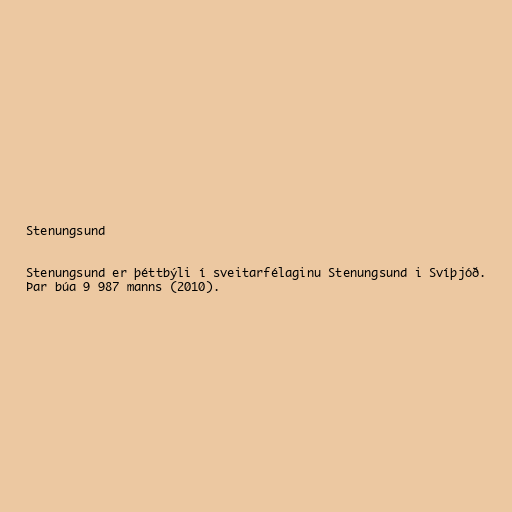
Stenungsund

Stenungsund er þéttbýli í sveitarfélaginu Stenungsund i Svíþjóð.
Þar búa 9 987 manns (2010).